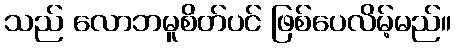
သည် လောဘမူစိတ်ပင် ဖြစ်ပေလိမ့်မည်။